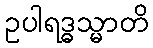
ဥပါရဒ္ဓသ္မာတိ